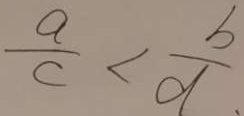
\frac { a } { c } < \frac { b } { d } 、